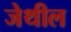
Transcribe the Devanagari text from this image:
जेथील